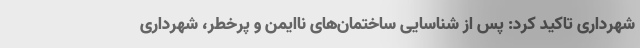
شهرداری تاکید کرد: پس از شناسایی ساختمان‌های ناایمن و پرخطر، شهرداری